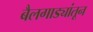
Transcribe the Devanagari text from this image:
बैलगाड्यांतून